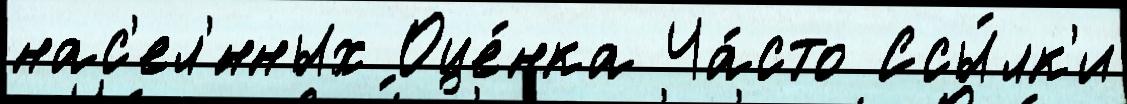
нас'ел'́нных Оце́нка Ча́сто Ссы́лк'и